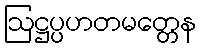
ဩဋ္ဌပ္ပဟတမတ္တေန